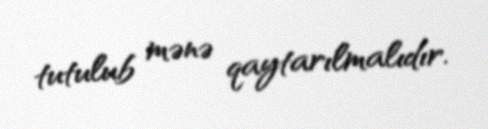
tutulub mənə qaytarılmalıdır.